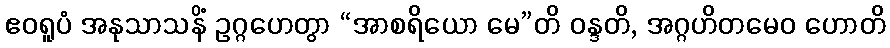
ဧဝရူပံ အနုသာသနိံ ဥဂ္ဂဟေတွာ “အာစရိယော မေ”တိ ဝန္ဒတိ, အဂ္ဂဟိတမေဝ ဟောတိ